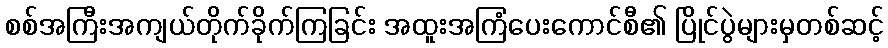
စစ်အကြီးအကျယ်တိုက်ခိုက်ကြခြင်း အထူးအကြံပေးကောင်စီ၏ ပြိုင်ပွဲများမှတစ်ဆင့်